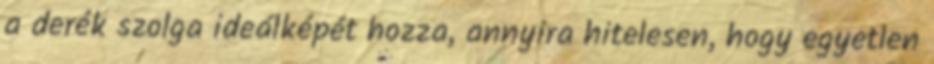
a derék szolga ideálképét hozza, annyira hitelesen, hogy egyetlen